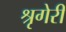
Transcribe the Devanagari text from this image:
श्रृगेरी